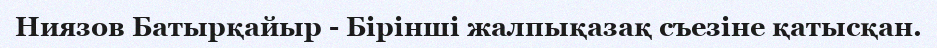
Ниязов Батырқайыр - Бірінші жалпықазақ съезіне қатысқан.